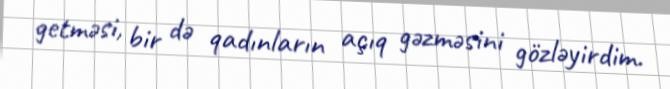
getməsi, bir də qadınların açıq gəzməsini gözləyirdim.